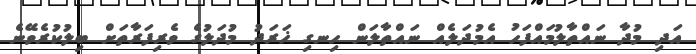
އަދި މުދާ ނައްތާލުމައްފަހު އެމުދަލެއް ނައްތާލަން ހިނގި ޚަރަދު މުދަލުގެ ވެރިފަރާތަށް ބިލުކުރެވޭނެ